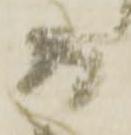
而